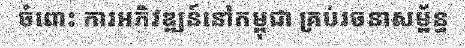
ចំពោះ ការអភិវឌ្ឍន៍នៅកម្ពុជា គ្រប់រចនាសម្ព័ន្ធ